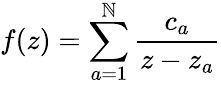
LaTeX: f(z)=\sum_{a=1}^{\mathbb{N}}{\frac{{c_{a}}}{{z-z_{a}}}}